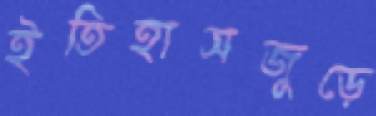
ইতিহাসজুড়ে